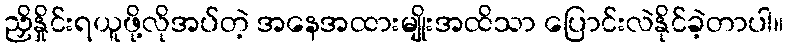
ညှိနှိုင်းရယူဖို့လိုအပ်တဲ့ အနေအထားမျိုးအထိသာ ပြောင်းလဲနိုင်ခဲ့တာပါ။